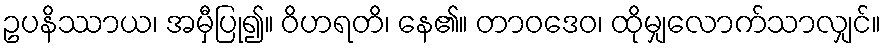
ဥပနိဿာယ၊ အမှီပြု၍။ ဝိဟရတိ၊ နေ၏။ တာဝဒေဝ၊ ထိုမျှလောက်သာလျှင်။